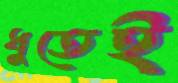
ধুতেই